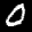
Label: 0